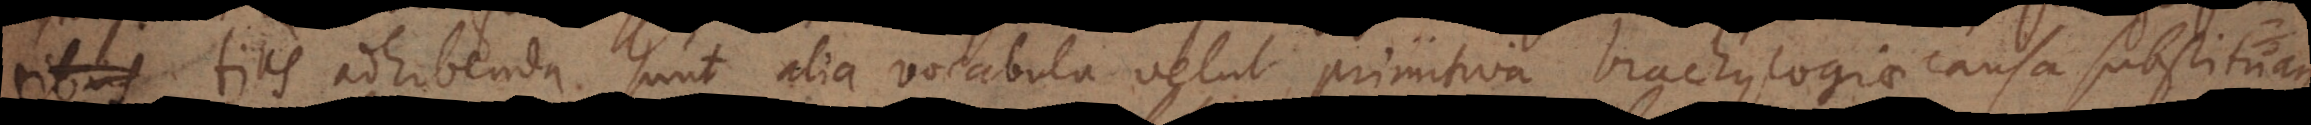
ntius adhibenda sunt alia vocabula velut primitiva brachylogiae causa substituan